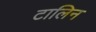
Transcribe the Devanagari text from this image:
टालिन